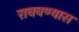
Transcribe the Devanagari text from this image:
राबवण्यास